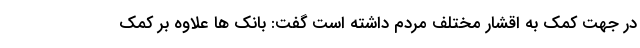
در جهت کمک به اقشار مختلف مردم داشته است گفت: بانک ها علاوه بر کمک